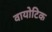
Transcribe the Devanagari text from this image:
वायोटिक